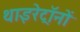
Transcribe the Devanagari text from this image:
थाइरेट्रॉनों